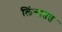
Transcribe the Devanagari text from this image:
लिंगातत